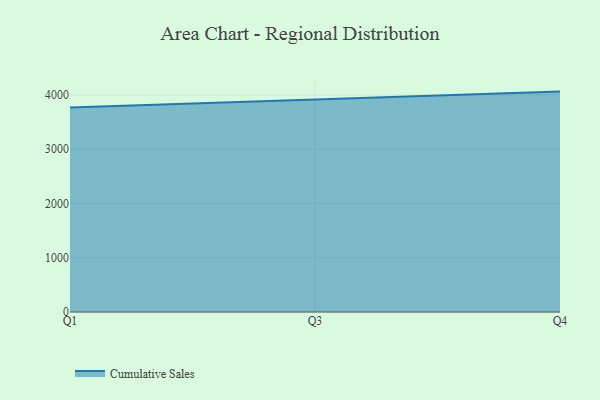
{"axis": {"x": "Quarter", "y": "Tickets Resolved"}, "legend": ["Cumulative Sales"], "data": [{"x": "Q1", "y": 3768.6, "type": "Cumulative Sales"}, {"x": "Q3", "y": 3913.9, "type": "Cumulative Sales"}, {"x": "Q4", "y": 4062.6, "type": "Cumulative Sales"}]}